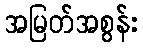
အမြတ်အစွန်း